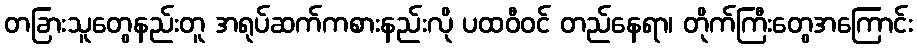
တခြားသူတွေနည်းတူ အရုပ်ဆက်ကစားနည်းလို ပထဝီဝင် တည်နေရာ၊ တိုက်ကြီးတွေအကြောင်း